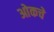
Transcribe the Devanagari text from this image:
ओकचे